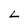
Character: L